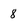
Character: 8